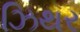
ઝિથર